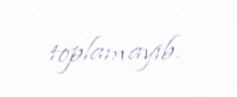
toplamayıb.